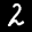
Label: 2